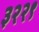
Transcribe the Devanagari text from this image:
३२२९